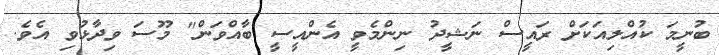
ބުނީމަ ކުއްލިއަކަށް ރައީސް ނަޝީދު ނިންމެވީ އެންއީސީ ބާއްވަން" މޫސަ ވިދާޅުވި އެވެ.